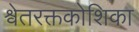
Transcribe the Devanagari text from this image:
श्वेतरक्तकोशिका